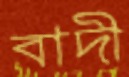
বাদী